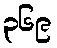
၃၆၉